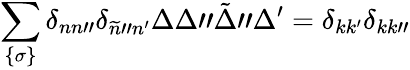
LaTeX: \sum_{\{ \sigma\} }\delta_{nn"}\delta_{\widetilde{n}"n^{\prime}}\Delta\Delta"\tilde{\Delta}"\Delta^{\prime}=\delta_{kk^{\prime}}\delta_{kk"}